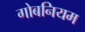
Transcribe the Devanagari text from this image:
गोबनियम